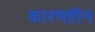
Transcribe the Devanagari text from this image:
कारणहीन